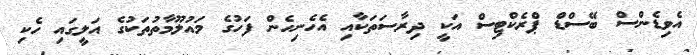
އެވިޑެންސް ބޭސްޑް ޕްރެކްޓިސް އަކީ ދިރާސަތަކާއި އެހެނިހެން ފަހުގެ މައުލޫމާތުތަކުގެ އަލީގައި ހެކި